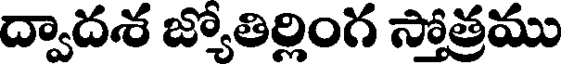
ద్వాదశ జ్యోతిర్లింగ స్తోత్రము